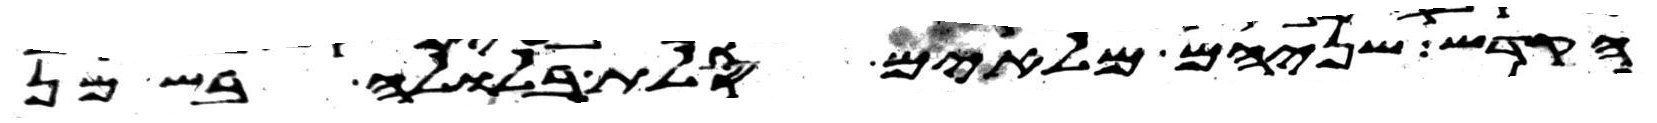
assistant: הקדש שניהם מלאים סלת בלולה בשמן